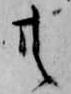
共